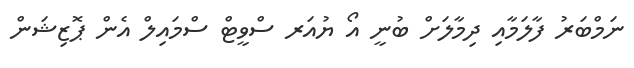
ނަމްބަރު ފާލަމާއި ދިމާލަށް ބުނީ އޯ ޔުއަރ ސްވީޓް ސްމައިލް އެން ޕޮޒިޝަން